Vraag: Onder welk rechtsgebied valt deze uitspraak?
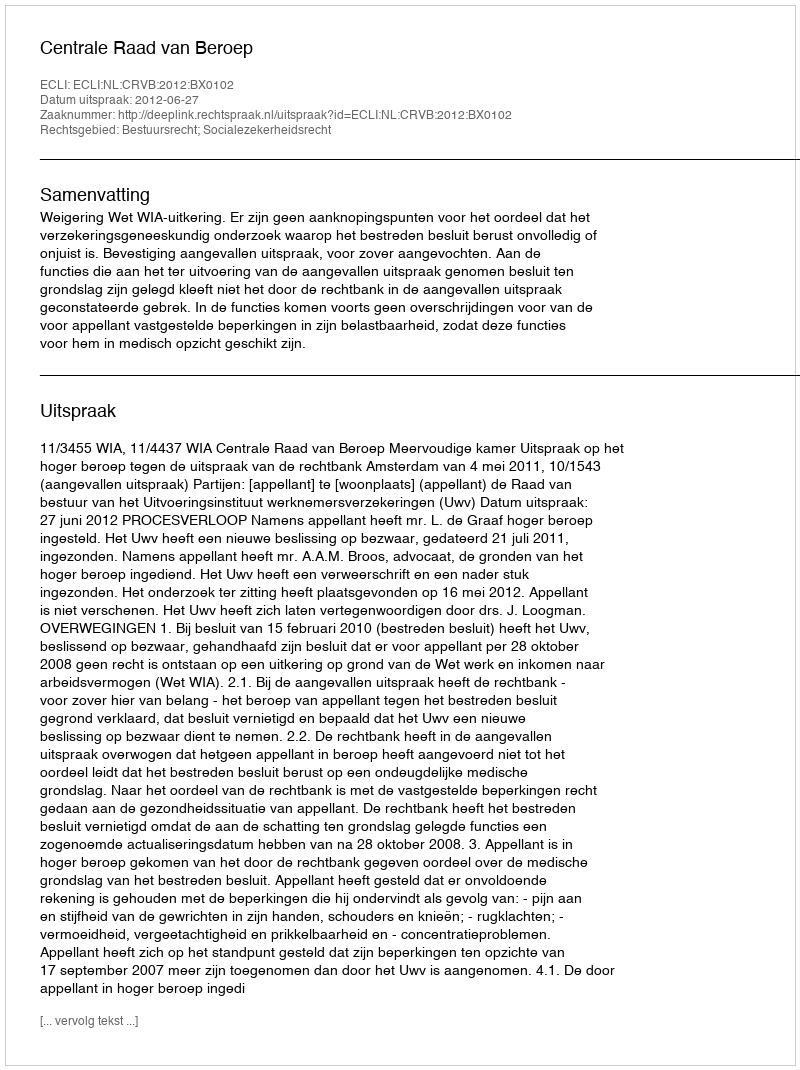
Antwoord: Bestuursrecht; Socialezekerheidsrecht